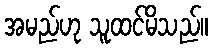
အမည်ဟု သူထင်မိသည်။